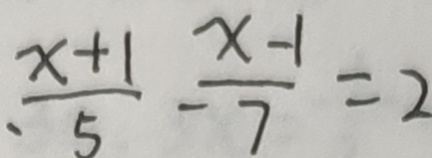
\frac { x + 1 } { 5 } - \frac { x - 1 } { 7 } = 2